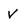
Character: V